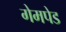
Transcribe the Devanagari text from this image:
गेमपेड